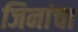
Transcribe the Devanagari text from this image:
जिनांचा